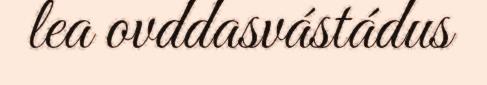
lea ovddasvástádus